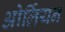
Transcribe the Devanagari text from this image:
ओर्लियन